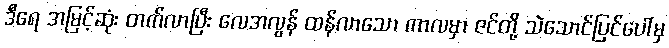
ဒီရေ အမြင့်ဆုံး တက်လာပြီး လေအလွန် ထန်လာသော ကာလမှာ ဇင်တို့ သဲသောင်ပြင်ပေါ်မှ